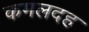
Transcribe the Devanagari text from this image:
कमलदह